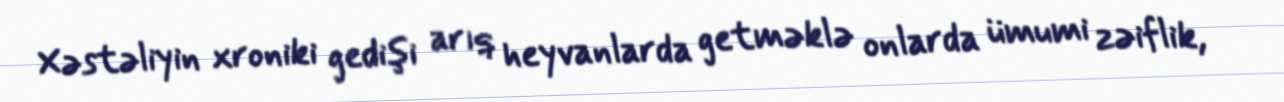
Xəstəliyin xroniki gedişi arıq heyvanlarda getməklə onlarda ümumi zəiflik,